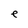
Character: e